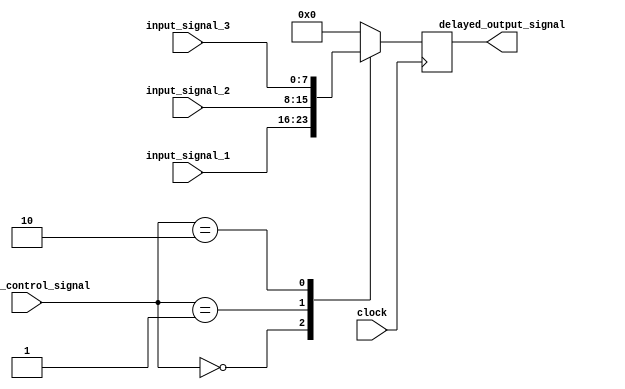
module TimingControlSynchronizationBlocks(
    input wire [3:0] timing_control_signal,
    input wire [7:0] input_signal_1,
    input wire [7:0] input_signal_2,
    input wire [7:0] input_signal_3,
    input wire clock,
    output reg [7:0] delayed_output_signal
);

reg [7:0] selected_signal;

always @ (posedge clock) begin
    case (timing_control_signal)
        4'b0000: selected_signal = input_signal_1;
        4'b0001: selected_signal = input_signal_2;
        4'b0010: selected_signal = input_signal_3;
        default: selected_signal = 8'd0;
    endcase
    // Insert delay element code here
    // Insert synchronization blocks code here
    delayed_output_signal <= selected_signal;
end

endmodule